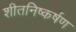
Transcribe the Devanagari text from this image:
शीतनिष्कर्षण